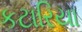
કટારિયા